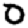
Digit: 0